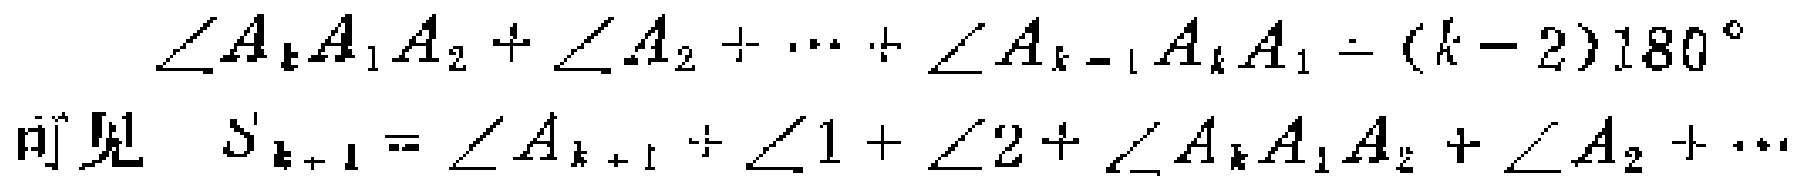
\(\angle A_{k}A_{1}A_{2}+\angle A_{2}+\cdots+\angle A_{k - 1}A_{k}A_{1}=(k - 2)180^{\circ}\)

可见 \(S_{k + 1}=\angle A_{k + 1}+\angle 1+\angle 2+\angle A_{k}A_{1}A_{2}+\angle A_{2}+\cdots\)